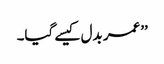
’’عمر بدل کیسے گیا۔